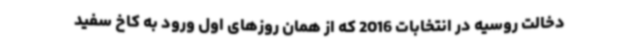
دخالت روسیه در انتخابات 2016 که از همان روزهای اول ورود به کاخ سفید